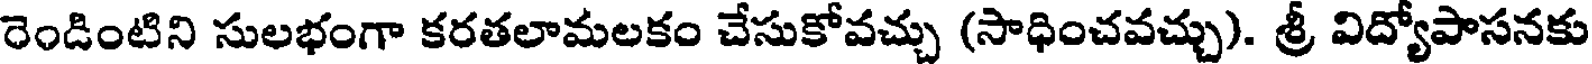
రెండింటిని సులభంగా కరతలామలకం చేసుకోవచ్చు (సాధించవచ్చు). శ్రీ విద్యోపాసనకు